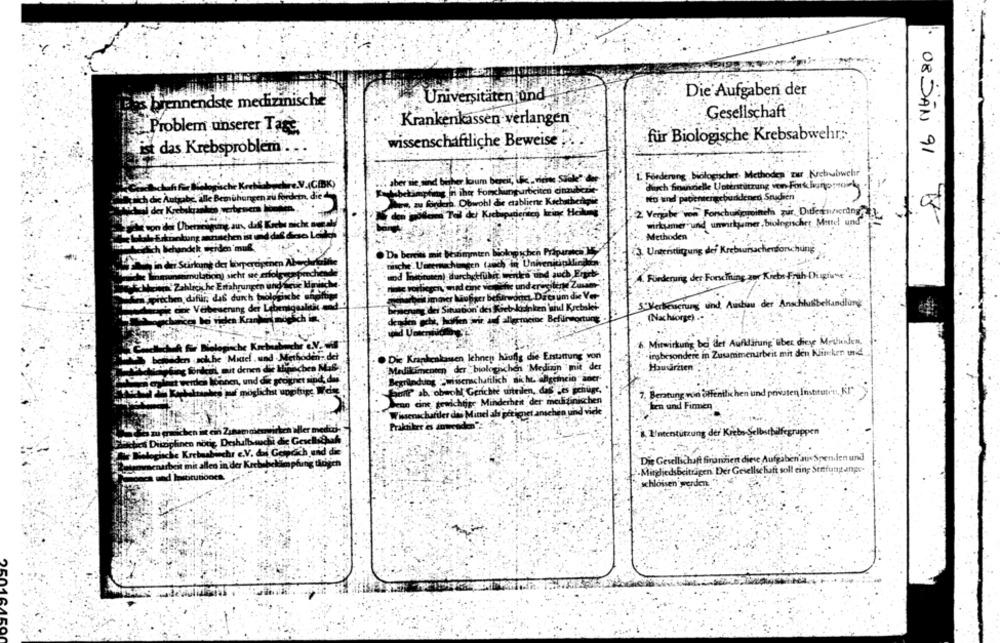
Die Aufgaben der
's brennendste medizinische
Universitäten und
Gesellschaft
Krankenkassen verlangen
Problem unserer Tage
wissenschaftliche Beweise
für Biologische Krebsabwehr;
ist das Krebsproblem
L Förderung biologischet. Methoden zur Nebwabwehr
aber wie sind bücher loum bereit, kvick al
durch Soucielle Unterstützung von Fork kanproinky
alsbekämpfung in iher Forchungurbciten cinndiczie-
ich die Auty
Bemühungen zu fordern, die
Ito und patientengebundenen Studien
Whos, zu fordern. Obwohl de ctabliene Kichatherque
2 Vergabe von Forschungusines pur Ditletnisering
wirkumer und unwirksamer, biologischer Mittel und"
08 JAN 91: 18
ehen
Methoden
iden muß
hen Pr
Untersttigung der Krebsursachenforschung
Da bereits mit bestimmten bioky
in dit Suirkung der borpercipinen Abucharlotte
nische' Umemachungen (auch in Univen
sprechende
and
A. Fürderung der Forschning zor Krebs-Frah- Diagfu
amutation) sicht se erlolayer
Now Zahliciche Erfahrungen und
mijpiechen dafür, das dun ha Fe
mute voliegci mad cine vernet
under
S'Verbesserung und Ausbau der Anschlusbehandlung
capis cine Vetivening der Lebenigealak and.
bemerung dei Situation dei Kietekizinken faul Kretaket
densen acht, hoffen wir anf allgemeine Befürwortung
(Nachforge) .-
Mitwirkung bo det Aufklärung uber dieye Muiden,
insbesondere in Zusammenarbeit mit den Kiincken und
detboden: det
. Die Krankenkassen lehnen häufig die Erstattung von
Medliktimenten der biologischen 'Medinin" mit der
Hausarzten
alet werdes loonen, und die protect
Begründung Swissenschaftlich si ht. allgemein aner-
Samir ab, obwohl Gerichte urteilen, das Les schüge,
Beratung von öffentlichen und privaten Instrution, Kir
Sean cine gewichtige Minderheit der medizinischen
hen und Firmen
Wissenschaftler des Minel als get iget anschen und viele
Praktiker es anwenden":
& Unterstützung der Krebs Selbsthilfegruppen
ich Disziplinen nötig Deshalbsuchi die Gesellsbah
Malogliche K
bachr c.V. dal Gosoch and die
Die Gesellschaft firinzien diese Aufgaben aus Spenden und
menarbeit mit
ader Krebabckim phing thosen
Mitgliedsbeiträgen Der Gesellschaft soll ein; Stefung ange-
schlossen werden